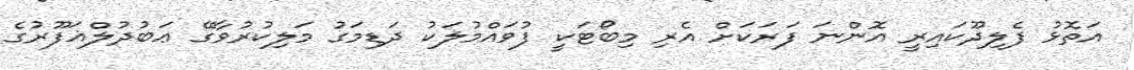
އަތޮޅު ފެލިދޫކައިރީ އޮންނަ ފަރަކަށް އެރި މިބޯޓަކީ ފުވައްމުލަކު ދަޑިމަގު މަލިކުރުވާގޭ ޢަބުދުލްޣަފޫރުގެ